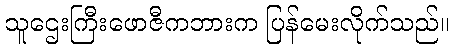
သူဌေးကြီးဖောဇီကဘားက ပြန်မေးလိုက်သည်။